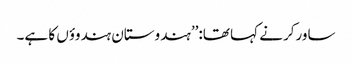
ساورکر نے کہا تھا:’’ہندوستان ہندوؤں کا ہے۔